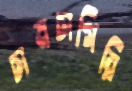
চামচাগিরি